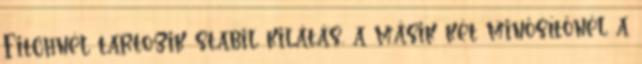
Fitchnél tartozik stabil kilátás, a másik két minősítőnél a